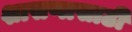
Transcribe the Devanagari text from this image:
शासणासाठी